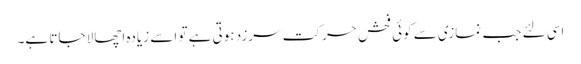
اسی لئے جب نمازی سے کوئی فحش حرکت سرزد ہوتی ہے تو اسے زیادہ اچھالا جاتا ہے۔